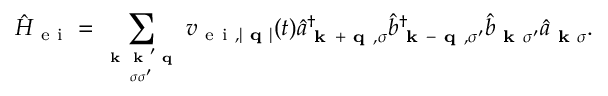
\hat { H } _ { \mathrm { ~ e ~ i ~ } } = \sum _ { \textbf { k } \textbf { k } ^ { \prime } \textbf { q } \atop \sigma \sigma ^ { \prime } } v _ { \mathrm { ~ e ~ i ~ } , | \textbf { q } | } ( t ) \hat { a } _ { \textbf { k } ^ { } + \textbf { q } ^ { } , \sigma } ^ { \dagger } \hat { b } _ { \textbf { k } ^ { } - \textbf { q } ^ { } , \sigma ^ { \prime } } ^ { \dagger } \hat { b } _ { \textbf { k } ^ { } \sigma ^ { \prime } } ^ { } \hat { a } _ { \textbf { k } \sigma } ^ { } .